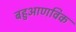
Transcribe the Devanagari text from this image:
बहुआणविक